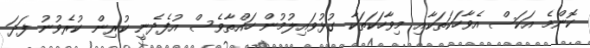
ކޮންމެ އަކަސް އެވާހަކަތަކާއި މިވާހަކަތަކާ ގުޅުވައިލުމުން ހައްތާވެސް އުފެދެނީ ކުރިން ކުރެވުނު ފަދަ